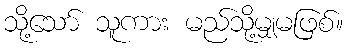
သို့သော် သူကား မည်သို့မျှမဖြစ်။